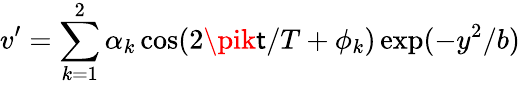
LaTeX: v^{\prime}=\sum_{k=1}^{2}\alpha_{k}\cos(2\pik\mathsf{t}/T+\phi_{k})\exp(-y^{2}/b)